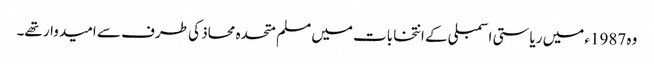
وہ 1987ء میں ریاستی اسمبلی کے انتخابات میں مسلم متحدہ محاذ کی طرف سے امیدوار تھے۔